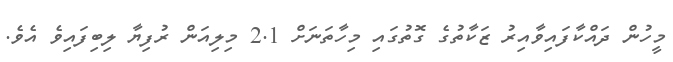
މީހުން ދައްކާފައިވާއިރު ޒަކާތުގެ ގޮތުގައި މިހާތަނަށް 2.1 މިލިއަން ރުފިޔާ ލިބިފައިވެ އެވެ.